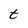
Character: t